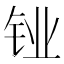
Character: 𬬼